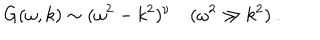
\ G ( \omega , k ) \sim ( \omega ^ { 2 } - k ^ { 2 } ) ^ { \nu } ( \omega ^ { 2 } \gg k ^ { 2 } ) \ .